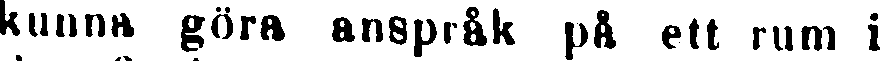
kunna göra anspråk på ett rum i